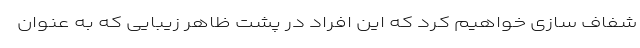
شفاف سازی خواهیم کرد که این افراد در پشت ظاهر زیبایی که به عنوان